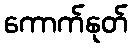
ကောက်နုတ်